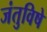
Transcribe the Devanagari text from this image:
जंतुविषे